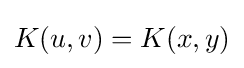
K(u,v)=K(x,y)